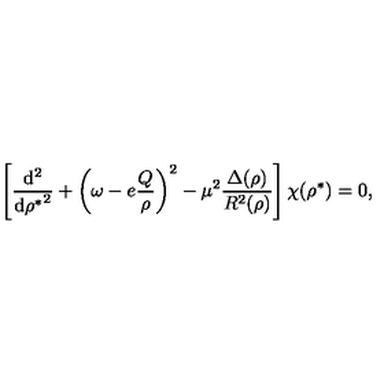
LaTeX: \left[ \frac { \mathrm { d } ^ { 2 } } { { \mathrm { d } { \rho } ^ { * } } ^ { 2 } } + \left( \omega - e \frac { Q } { \rho } \right) ^ { 2 } - \mu ^ { 2 } \frac { \Delta ( \rho ) } { R ^ { 2 } ( \rho ) } \right] \chi ( { \rho } ^ { * } ) = 0 ,